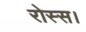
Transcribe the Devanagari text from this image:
रोस्स।